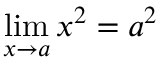
\operatorname* { l i m } _ { x \to a } x ^ { 2 } = a ^ { 2 }